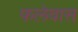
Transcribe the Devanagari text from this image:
फलेवास